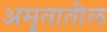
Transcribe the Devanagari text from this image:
अमृतातील